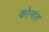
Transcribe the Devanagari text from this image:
कोनांत